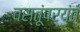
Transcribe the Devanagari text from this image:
वस्तूंपर्यंत